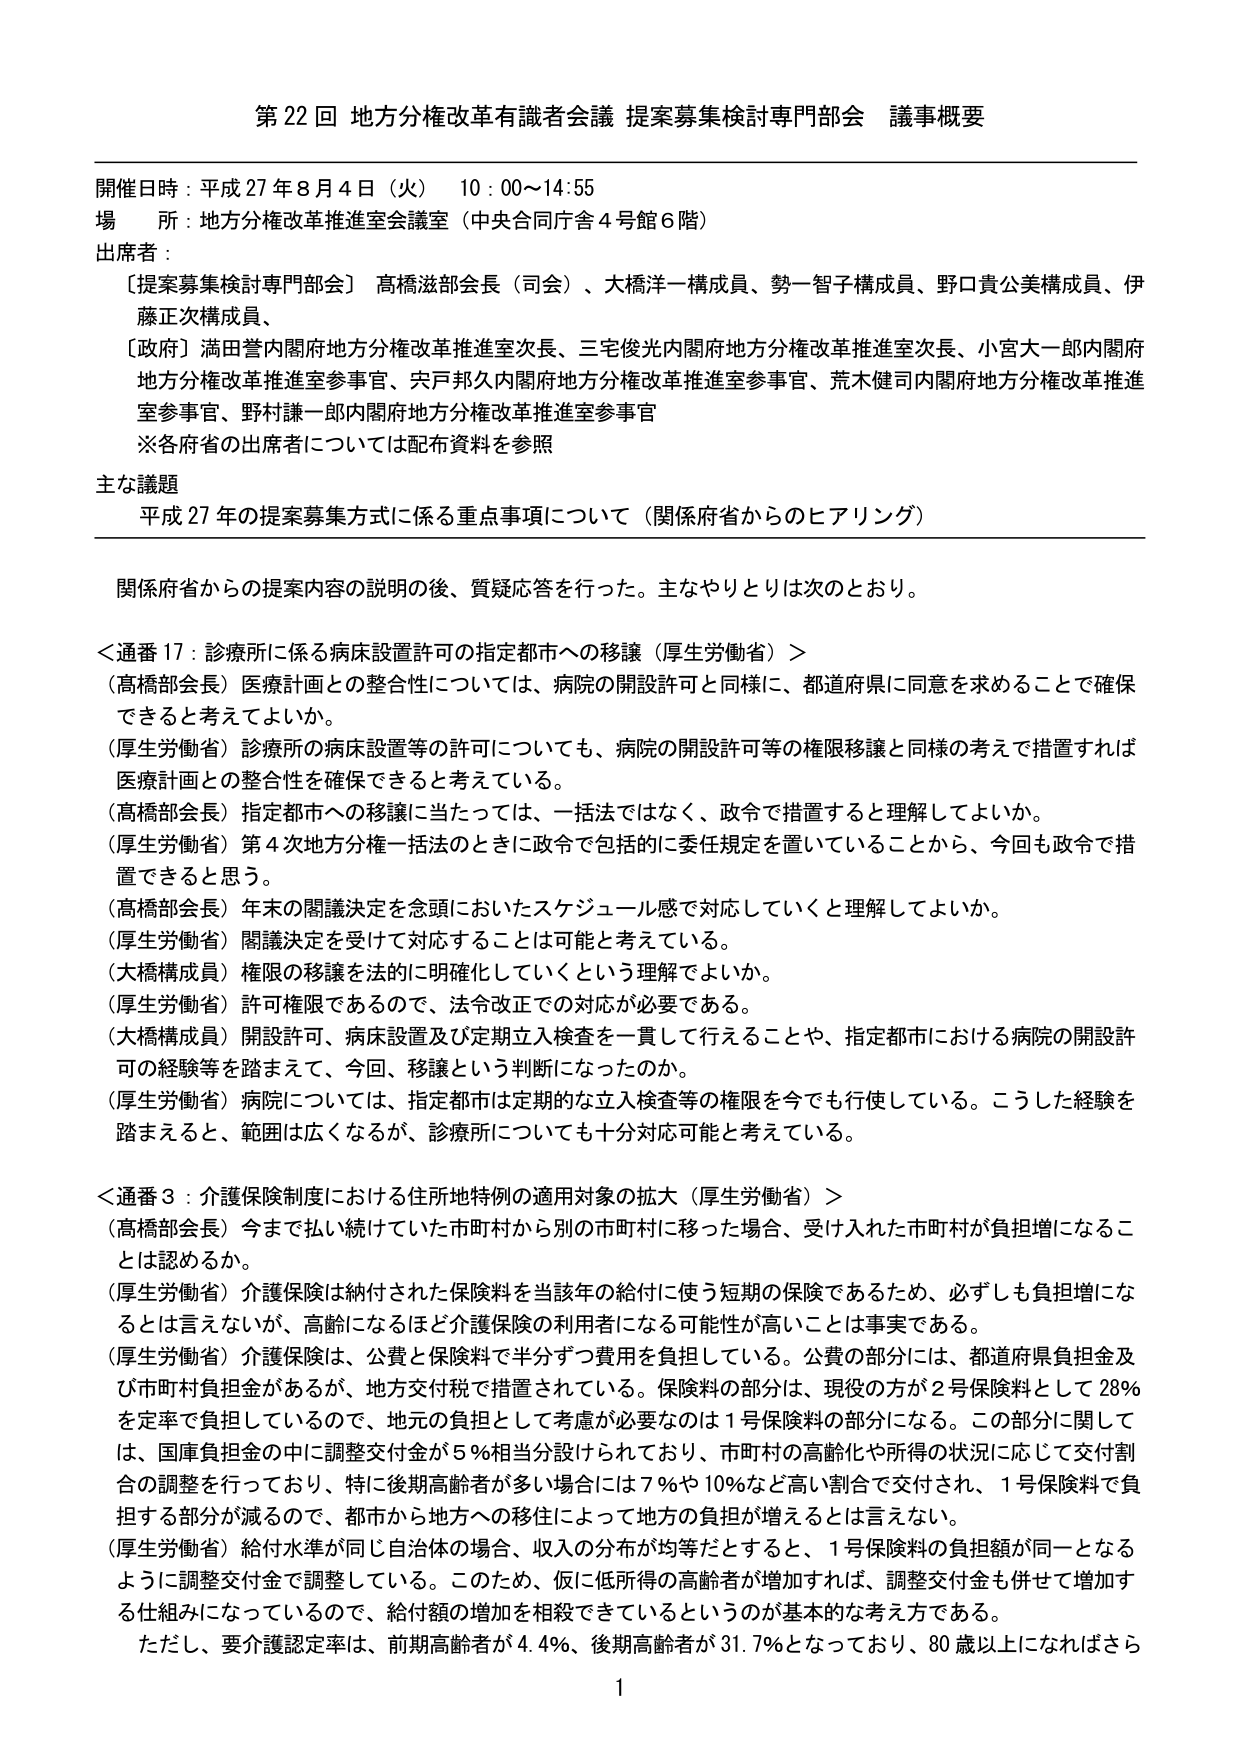
第22回 地方分権改革有識者会議 提案募集検討専門部会 議事概要

開催日時：平成27年8月4日（火） 10:00～14:55
場 所：地方分権改革推進室会議室（中央合同庁舎4号館6階）
出席者：
　〔提案募集検討専門部会〕 高橋滋部会長（司会）、大橋洋一構成員、勢一智子構成員、野口貴公美構成員、伊藤正次構成員、
　〔政府〕満田誉内閣府地方分権改革推進室次長、三宅俊光内閣府地方分権改革推進室次長、小宮大一郎内閣府地方分権改革推進室参事官、宍戸邦久内閣府地方分権改革推進室参事官、荒木健司内閣府地方分権改革推進室参事官、野村謙一郎内閣府地方分権改革推進室参事官
　※各府省の出席者については配布資料を参照

主な議題
平成27年の提案募集方式に係る重点事項について（関係府省からのヒアリング）

関係府省からの提案内容の説明の後、質疑応答を行った。主なやりとりは次のとおり。

＜通番17：診療所に係る病床設置許可の指定都市への移譲（厚生労働省）＞
（高橋部会長）医療計画との整合性については、病院の開設許可と同様に、都道府県に同意を求めることで確保できると考えてよいか。
（厚生労働省）診療所の病床設置等の許可についても、病院の開設許可等の権限移譲と同様の考えで措置すれば医療計画との整合性を確保できると考えている。
（高橋部会長）指定都市への移譲に当たっては、一括法ではなく、政令で措置すると理解してよいか。
（厚生労働省）第4次地方分権一括法のときに政令で包括的に委任規定を置いていることから、今回も政令で措置できると思う。
（高橋部会長）年末の閣議決定を念頭においたスケジュール感で対応していくと理解してよいか。
（厚生労働省）閣議決定を受けて対応することは可能と考えている。
（大橋構成員）権限の移譲を法的に明確化していくという理解でよいか。
（厚生労働省）許可権限であるので、法令改正での対応が必要である。
（大橋構成員）開設許可、病床設置及び定期立入検査を一貫して行えることや、指定都市における病院の開設許可の経験等を踏まえて、今回、移譲という判断になったのか。
（厚生労働省）病院については、指定都市は定期的な立入検査等の権限を今でも行使している。こうした経験を踏まえると、範囲は広くなるが、診療所についても十分対応可能と考えている。

＜通番3：介護保険制度における住所地特例の適用対象の拡大（厚生労働省）＞
（高橋部会長）今まで払い続けていた市町村から別の市町村に移った場合、受け入れた市町村が負担増になることは認めるか。
（厚生労働省）介護保険は納付された保険料を当該年の給付に使う短期の保険であるため、必ずしも負担増になるとは言えないが、高齢になるほど介護保険の利用者になる可能性が高いことは事実である。
（厚生労働省）介護保険は、公費と保険料で半分ずつ費用を負担している。公費の部分には、都道府県負担金及び市町村負担金があるが、地方交付税で措置されている。保険料の部分は、現役の方が2号保険料として28％を定率で負担しているので、地元の負担として考慮が必要なのは1号保険料の部分になる。この部分に関しては、国庫負担金の中に調整交付金が5％相当分設けられており、市町村の高齢化や所得の状況に応じて交付割合の調整を行っており、特に後期高齢者が多い場合には7％や10％など高い割合で交付され、1号保険料で負担する部分が減るので、都市から地方への移住によって地方の負担が増えるとは言えない。
（厚生労働省）給付水準が同じ自治体の場合、収入の分布が均等だとすると、1号保険料の負担額が同一となるように調整交付金で調整している。このため、仮に低所得の高齢者が増加すれば、調整交付金も併せて増加する仕組みになっているので、給付額の増加を相殺できているというのが基本的な考え方である。
ただし、要介護認定率は、前期高齢者が4.4％、後期高齢者が31.7％となっており、80歳以上になればさら

1